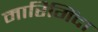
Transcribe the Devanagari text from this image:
मारिगिंदा